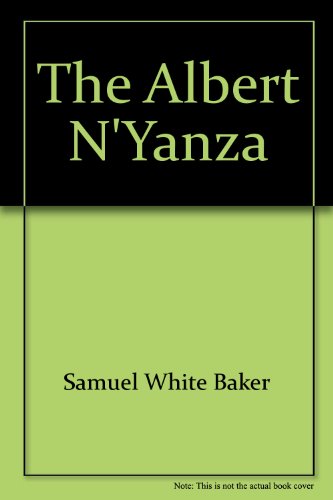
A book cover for The Albert N'Yanza;: Great basin of the Nile, and explorations of the Nile sources; Samuel White Baker; Travel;